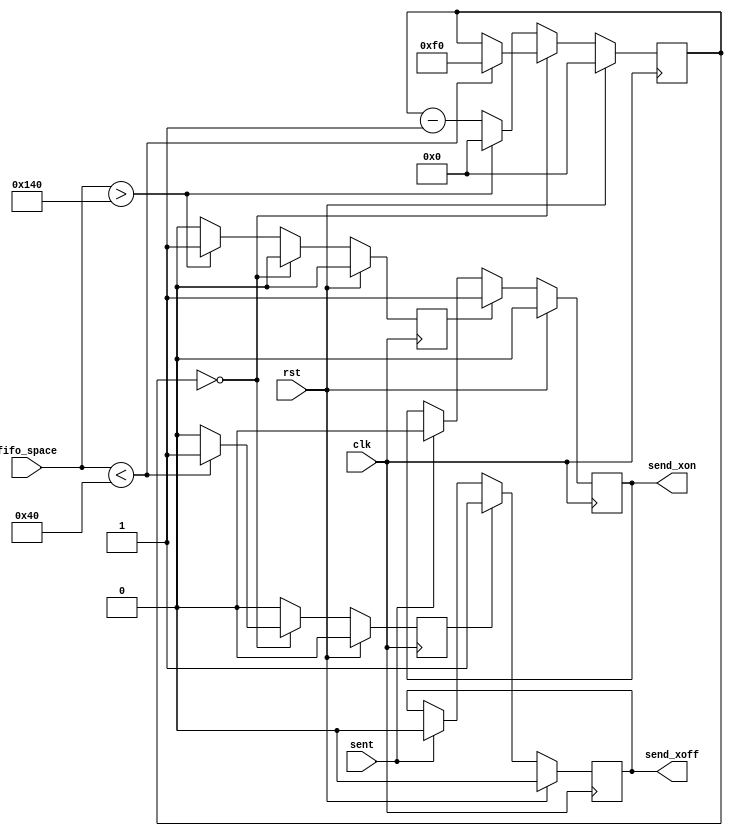
//
// Copyright 2011 Ettus Research LLC
//
// This program is free software: you can redistribute it and/or modify
// it under the terms of the GNU General Public License as published by
// the Free Software Foundation, either version 3 of the License, or
// (at your option) any later version.
//
// This program is distributed in the hope that it will be useful,
// but WITHOUT ANY WARRANTY; without even the implied warranty of
// MERCHANTABILITY or FITNESS FOR A PARTICULAR PURPOSE.  See the
// GNU General Public License for more details.
//
// You should have received a copy of the GNU General Public License
// along with this program.  If not, see <http://www.gnu.org/licenses/>.
//



module serdes_fc_rx
  #(parameter LWMARK = 64,
    parameter HWMARK = 320)
    (input clk, input rst,
     input [15:0] fifo_space, 
     output reg send_xon,
     output reg send_xoff,
     input sent);
    
   reg [15:0] 	  countdown;
   reg 		  send_xon_int, send_xoff_int;
   
   always @(posedge clk)
     if(rst)
       begin
	  send_xon_int <= 0;
	  send_xoff_int <= 0;
	  countdown <= 0;
       end
     else 
       begin
	  send_xon_int <= 0;
	  send_xoff_int <= 0;
	  if(countdown == 0)
	    if(fifo_space < LWMARK)
	      begin
		 send_xoff_int <= 1;
		 countdown <= 240;
	      end
	    else
	      ;
	  else
	    if(fifo_space > HWMARK)
	      begin
		 send_xon_int <= 1;
		 countdown <= 0;
	      end
	    else
	      countdown <= countdown - 1;
       end // else: !if(rst)

   // If we are between the high and low water marks, we let the countdown expire

   always @(posedge clk)
     if(rst)
       send_xon <= 0;
     else if(send_xon_int)
       send_xon <= 1;
     else if(sent)
       send_xon <= 0;

   always @(posedge clk)
     if(rst)
       send_xoff <= 0;
     else if(send_xoff_int)
       send_xoff <= 1;
     else if(sent)
       send_xoff <= 0;
   
endmodule // serdes_fc_rx